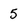
Character: 5